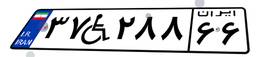
۳۷W۲۸۸۶۶